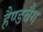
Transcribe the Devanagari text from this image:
हैण्डबैग